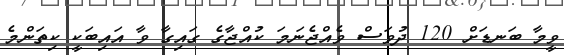
ވީމާ ބަނޑަށް 120 ދުވަސް ވެއްޖެނަމަ ކުއްޖާގެ ގައިގާ ވާ އައިބަކީ ކިތަންމެ